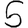
Digit: 5